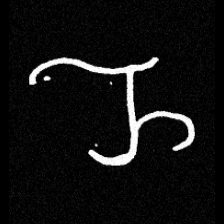
Pyu character \u2014 Myanmar letter: ည (romanized: nya)